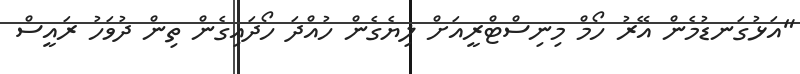
"އަޅުގަނޑުމެން އޭރު ހޯމް މިނިސްޓްރީއަށް ލިޔެގެން ހުއްދަ ހޯދައިގެން ތިން ދުވަހު ރައީސް